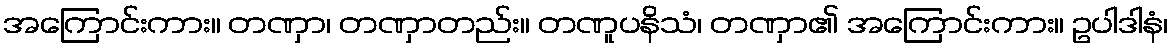
အကြောင်းကား။ တဏှာ၊ တဏှာတည်း။ တဏူပနိသံ၊ တဏှာ၏ အကြောင်းကား။ ဥပါဒါနံ၊